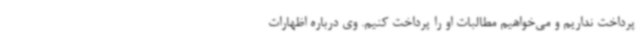
پرداخت نداریم و می‌خواهیم مطالبات او را پرداخت کنیم. وی درباره اظهارات